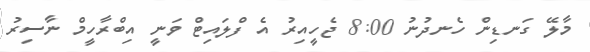
މާލޭ ގަނޑިން ހެނދުނު 8:00 ޖެހީއިރު އެ ފްލައިޓް ވަނީ އިބްރާހީމް ނާސިރު